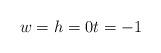
LaTeX: \begin{align*} w=h=0 t=-1 \end{align*}